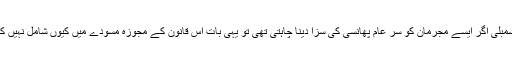
قومی اسمبلی اگر ایسے مجرمان کو سر عام پھانسی کی سزا دینا چاہتی تھی تو یہی بات اس قانون کے مجوزہ مسودے میں کیوں شامل نہیں کی گئی؟